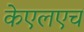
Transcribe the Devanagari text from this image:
केएलएच